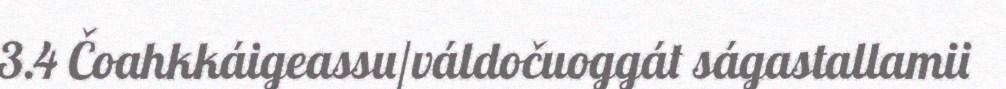
3.4 Čoahkkáigeassu/váldočuoggát ságastallamii